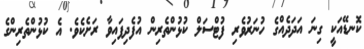
ކޮނޑޭއަކީ ގިިނަ އަދަދެއްގެ ހުނަރުވެރި ފުޓްސަލް ކުޅުންތެރިން އުފެދިފައިވާ ރަށެކެވެ. އެ ކުޅުންތެރިންގެ